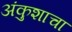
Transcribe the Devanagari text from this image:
अंकुशाचा